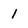
Character: 1